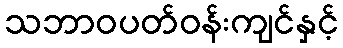
သဘာဝပတ်ဝန်းကျင်နှင့်